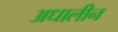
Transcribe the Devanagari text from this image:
अधालीन